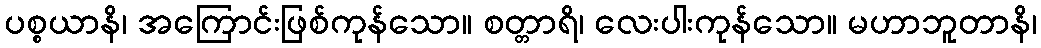
ပစ္စယာနိ၊ အကြောင်းဖြစ်ကုန်သော။ စတ္တာရိ၊ လေးပါးကုန်သော။ မဟာဘူတာနိ၊